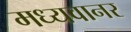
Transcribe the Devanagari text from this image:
मध्यवानर